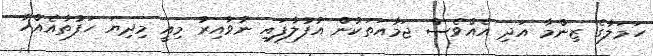
ހަމަލާގެ ޒިންމާ އަދި އެއްވެސް ޖަމާއަތަކުން އުފުލާފައި ނުވާއިރު މިއީ މިދިޔަ ހަފުތާއެއްހާ